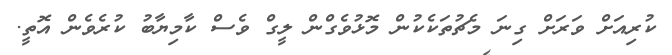
ކުރިއަށް ވަރަށް ގިނަ މެޗުތަކެކުން މޮޅުވެގްން ލީގް ވެސް ކާމިޔާބު ކުރެވެން އޮތީ.